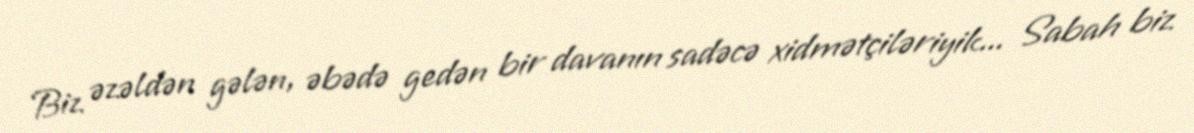
Biz əzəldən gələn, əbədə gedən bir davanın sadəcə xidmətçiləriyik... Sabah biz